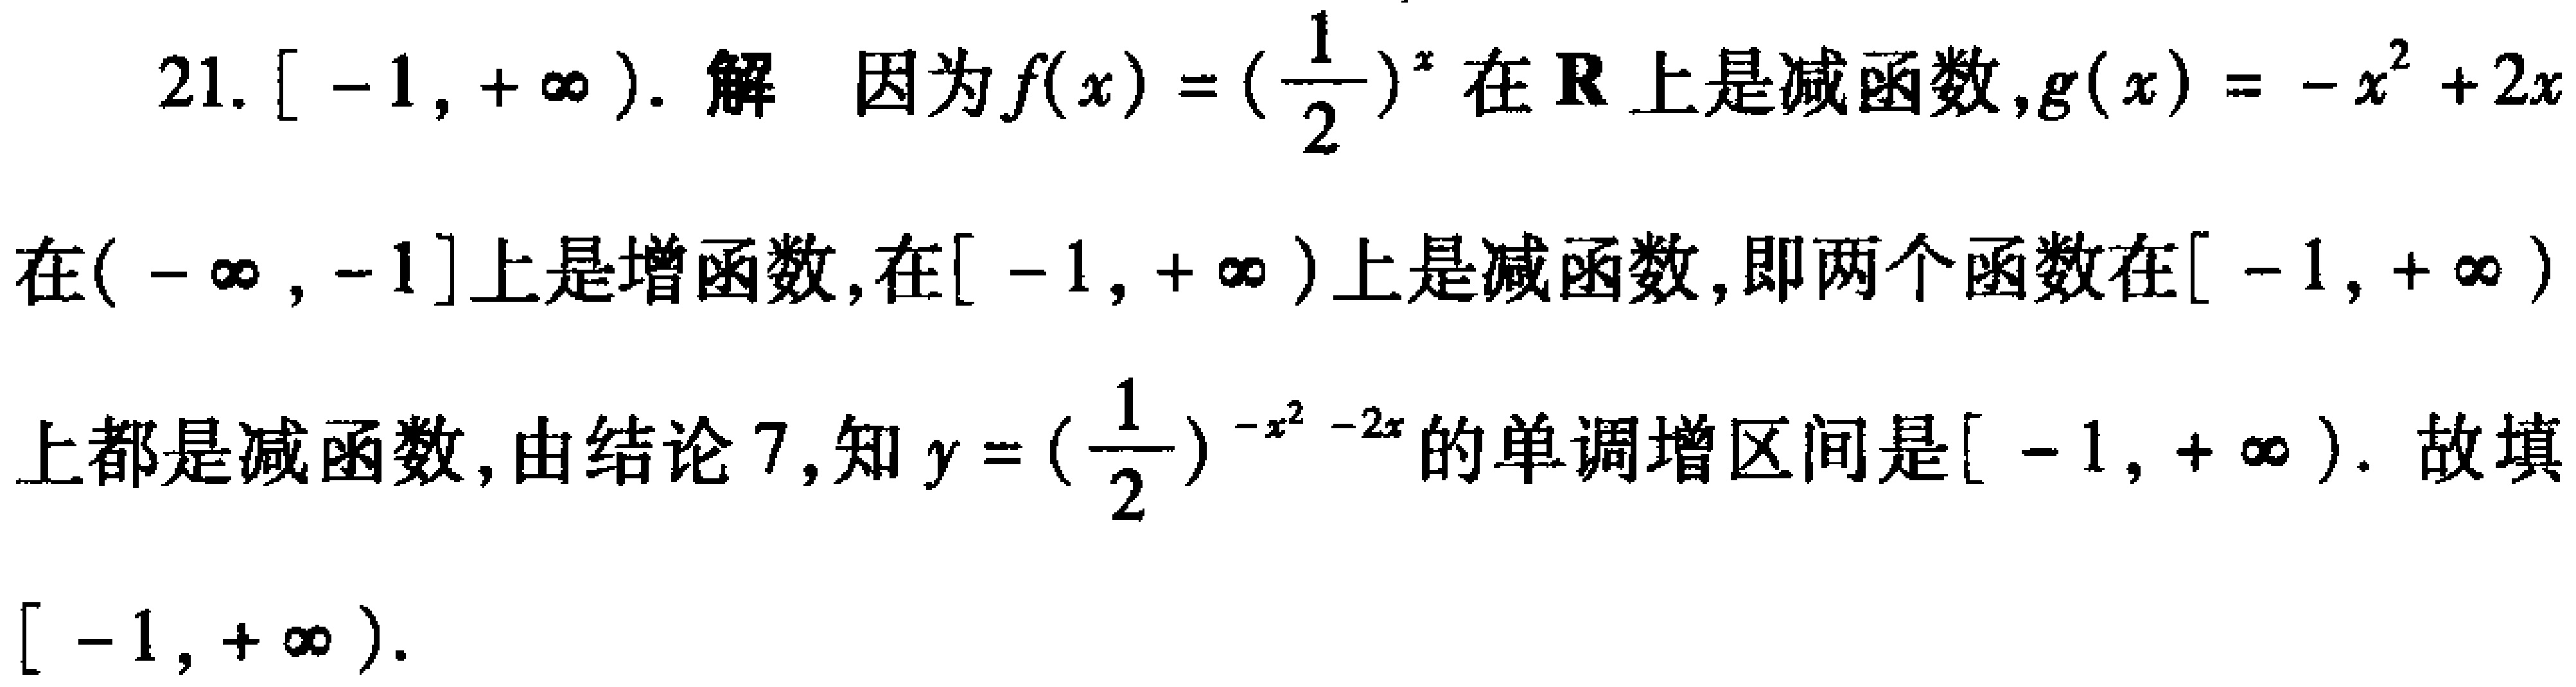
21. $[-1,+\infty)$. 解 因为$f(x)=(\frac{1}{2})^{x}$在$\mathbf{R}$上是减函数，$g(x)=-x^{2}+2x$在$(-\infty,-1]$上是增函数，在$[-1,+\infty)$上是减函数，即两个函数在$[-1,+\infty)$上都是减函数，由结论7，知$y = (\frac{1}{2})^{-x^{2}-2x}$的单调增区间是$[-1,+\infty)$. 故填$[-1,+\infty)$.